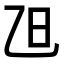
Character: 𣄽